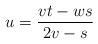
LaTeX: \begin{align*}u=\dfrac{vt-ws}{2v-s} \end{align*}